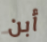
أبن